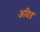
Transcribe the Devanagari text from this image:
अदित